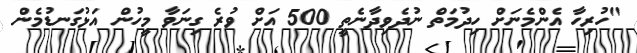
"ހުރިހާ އެންމެނަށް ހިދުމަތް ނުދެވިދާނެތީ 500 އަށް ވުރެ ގިނަވާ މީހުން އަޅުގަނޑުމެން